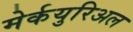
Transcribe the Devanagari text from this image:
मेर्कयुरिअल